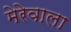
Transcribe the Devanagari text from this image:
मेरेवाला